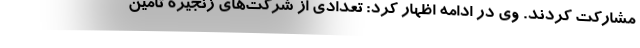
مشارکت کردند. وی در ادامه اظهار کرد: تعدادی از شرکت‌های زنجیره تامین